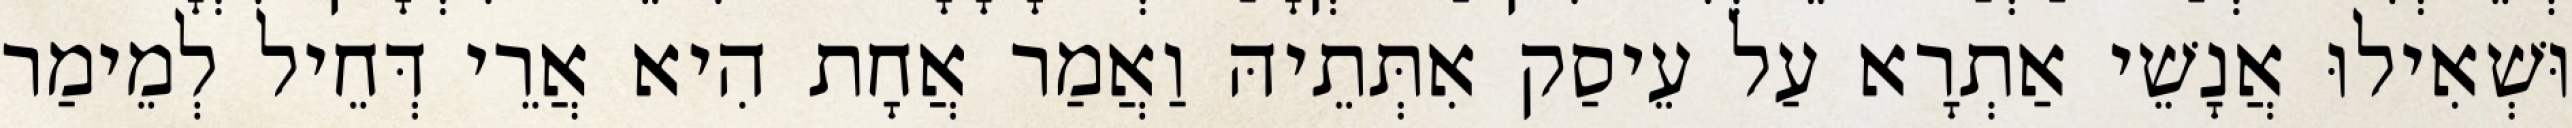
וּשְׁאִילוּ אֲנָשֵׁי אַתְרָא עַל עֵיסַק אִתְּתֵיהּ וַאֲמַר אֲחָת הִיא אֲרֵי דְּחֵיל לְמֵימַר